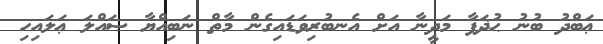
ޢަބްދު ބުނު ޙުޛަފާ މަދީނާ އަށް އެނބުރިވަޑައިގެން މާތް ނަބިއްޔާ ޞައްލަ ޢަލައިހި